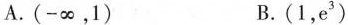
A.(-∞，1) B.(1，e^{3})